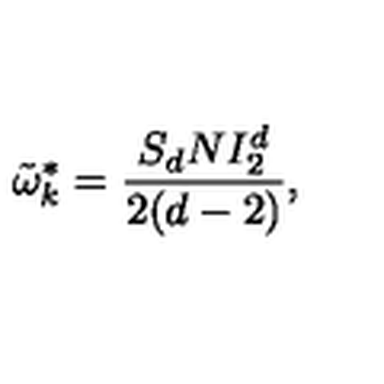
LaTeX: \tilde { \omega } _ { k } ^ { * } = \frac { S _ { d } N I _ { 2 } ^ { d } } { 2 ( d - 2 ) } ,